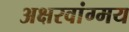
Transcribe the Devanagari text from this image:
अक्षरवांग्मय